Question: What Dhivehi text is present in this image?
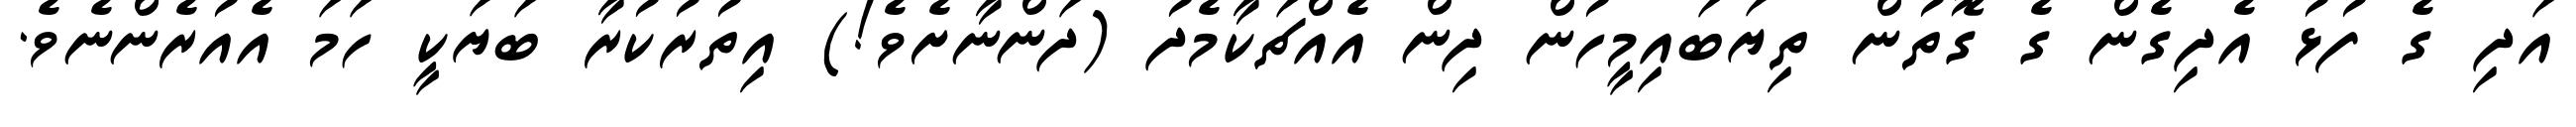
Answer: އަދި ގެ ފުޅު އެދިގެން ގެ ގޮތުން ތިޔަބައިމީހުން ދިން އެއްޗަކާމެދު (ދަންނާށެވެ!) އިތުރުކުރާ ބަޔަކީ ހަމަ އެއުރެންނެވެ.